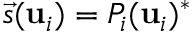
\vec { s } ( \mathbf { u } _ { i } ) = P _ { i } ( \mathbf { u } _ { i } ) ^ { * }